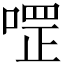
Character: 𱓳